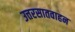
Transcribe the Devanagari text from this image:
उत्तरसातवाहन